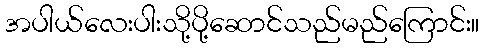
အပါယ်လေးပါးသို့ပို့ဆောင်သည်မည်ကြောင်း။